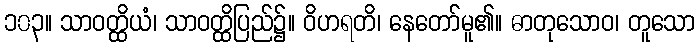
၁၀၃။ သာဝတ္ထိယံ၊ သာဝတ္ထိပြည်၌။ ဝိဟရတိ၊ နေတော်မူ၏။ ဓာတုသောဝ၊ တူသော